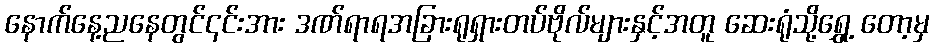
နောက်နေ့ညနေတွင်၎င်းအား ဒဏ်ရာရအခြားရုရှားတပ်ဗိုလ်များနှင့်အတူ ဆေးရုံသို့ရွှေ့ တော့မှ